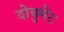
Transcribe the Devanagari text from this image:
दोचुमेंट